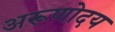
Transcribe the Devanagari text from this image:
अरूणोदय